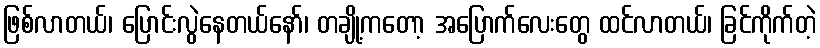
ဖြစ်လာတယ်၊ ပြောင်းလွဲနေတယ်နော်၊ တချို့ကတော့ အပြောက်လေးတွေ ထင်လာတယ်၊ ခြင်ကိုက်တဲ့